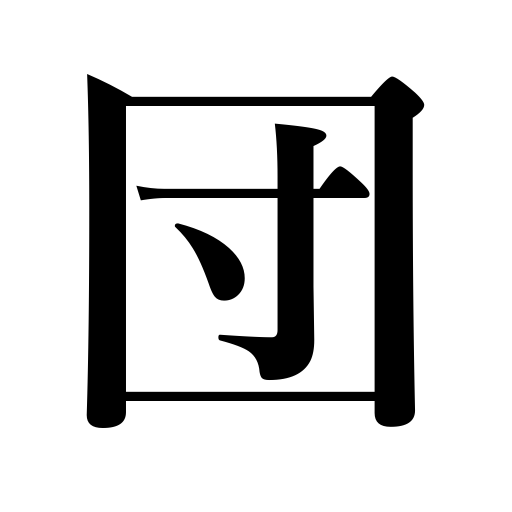
Meanings: body,gang,corps,company,group,circle,troupe,party